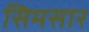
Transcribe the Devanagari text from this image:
सिमसार